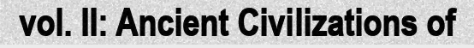
vol. II: Ancient Civilizations of